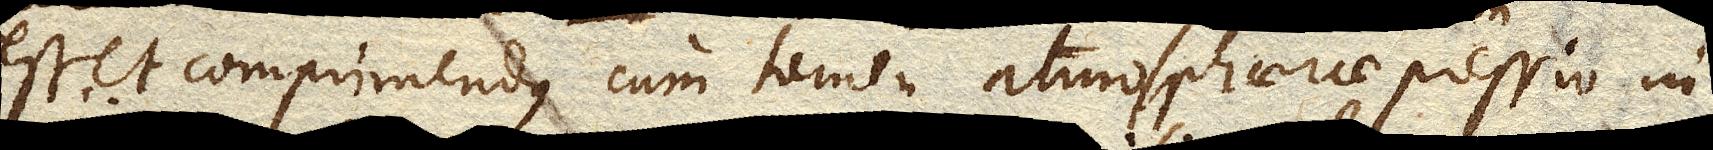
esset comprimendus cum tamen atmosphaerae pressio in